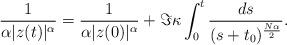
LaTeX: \begin{align*} \frac {1} {\alpha |z(t)|^\alpha }= \frac {1} {\alpha |z(0)|^\alpha } +\Im \kappa \int _0^t \frac {ds} {(s+t_0)^{\frac {N\alpha } {2}}}.\end{align*}